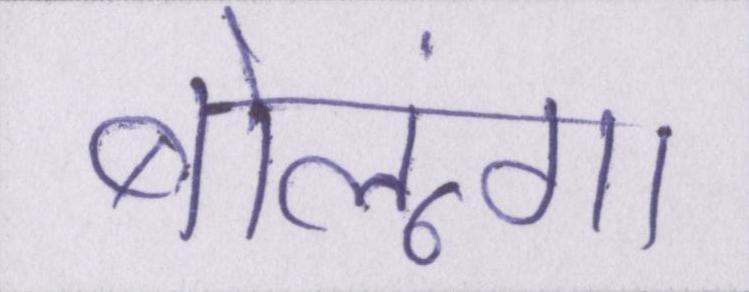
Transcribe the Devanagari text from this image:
बोलूंगा